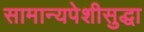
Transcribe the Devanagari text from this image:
सामान्यपेशीसुद्धा